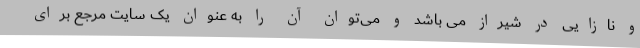
و نازایی در شیراز می باشد و می‌توان آن را به عنوان یک سایت مرجع برای